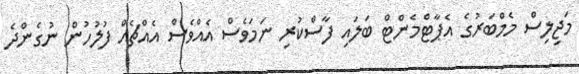
މަޖިލިސް މެމްބަރުގެ އެޕާޓްމެންޓް ބަލައި ފާސްކުރި ނަމަވެސް އެއްވެސް އެއްޗެއް ފުލުހުން ނުގެންދެ